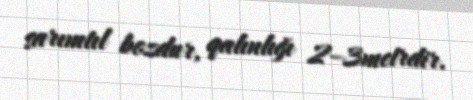
sarımtıl bozdur, qalınlığı 2–3metrdir.